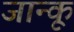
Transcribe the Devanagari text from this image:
जान्कू